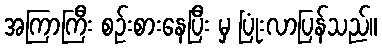
အကြာကြီး စဉ်းစားနေပြီး မှ ပြုံးလာပြန်သည်။